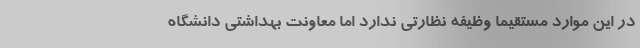
در این موارد مستقیما وظیفه نظارتی ندارد اما معاونت بهداشتی دانشگاه